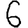
Digit: 6